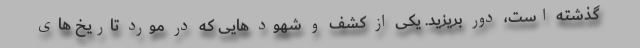
گذشته است، دور بریزید. یکی از کشف و شهود هایی که در مورد تاریخ های